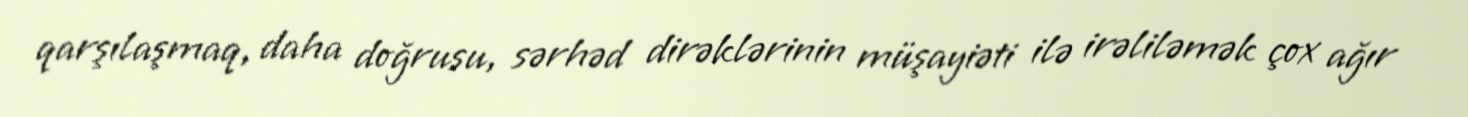
qarşılaşmaq, daha doğrusu, sərhəd dirəklərinin müşayiəti ilə irəliləmək çox ağır